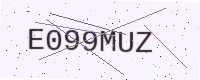
Text: E099MUZ